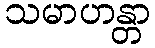
သမာဟန္တာ